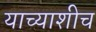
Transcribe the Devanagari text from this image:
याच्याशीच